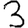
Digit: 3